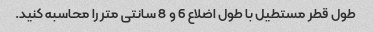
طول قطر مستطیل با طول اضلاع 6 و 8 سانتی متر را محاسبه کنید.